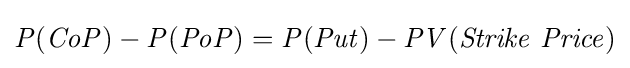
{\mathit {P(CoP)-P(PoP)=P(Put)-PV(Strike\ Price)}}